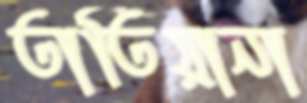
তাতিয়ানা